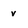
Character: v